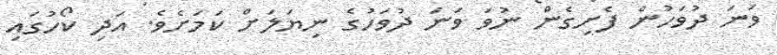
ވަނަ ދުވަހުން ފެށިގެން ނުވަ ވަނަ ދުވަހުގެ ނިޔަލަށް ކަމަށެވެ. އަދި ކޯހުގައި